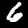
Label: 6